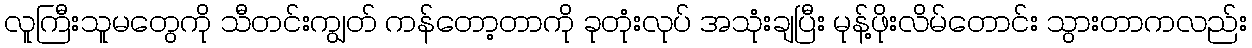
လူကြီးသူမတွေကို သီတင်းကျွတ် ကန်တော့တာကို ခုတုံးလုပ် အသုံးချပြီး မုန့်ဖိုးလိမ်တောင်း သွားတာကလည်း